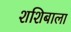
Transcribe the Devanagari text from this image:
शशिबाला